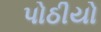
પોઠીયો